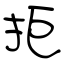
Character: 拒